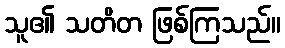
သူ၏ သတိတ ဖြစ်ကြသည်။